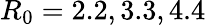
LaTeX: R_{0}=2.2,3.3,4.4